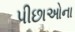
પીછાઓના